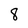
Character: 8